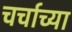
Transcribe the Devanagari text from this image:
चर्चाच्या